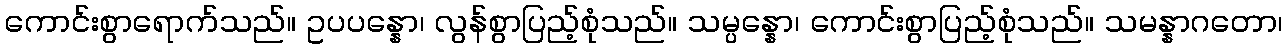
ကောင်းစွာရောက်သည်။ ဥပပန္နော၊ လွန်စွာပြည့်စုံသည်။ သမ္ပန္နော၊ ကောင်းစွာပြည့်စုံသည်။ သမန္နာဂတော၊